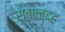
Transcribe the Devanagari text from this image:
सुबालदह